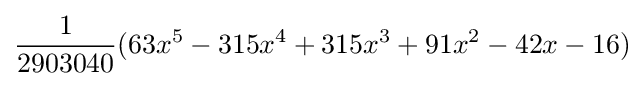
{\frac {1}{2903040}}(63x^{5}-315x^{4}+315x^{3}+91x^{2}-42x-16)